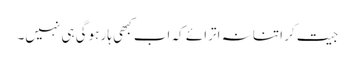
جیت کر اتنا نہ اترائے کہ اب کبھی ہار ہوگی ہی نہیں۔